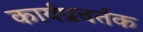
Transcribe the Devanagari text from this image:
कार्यप्रवर्तक